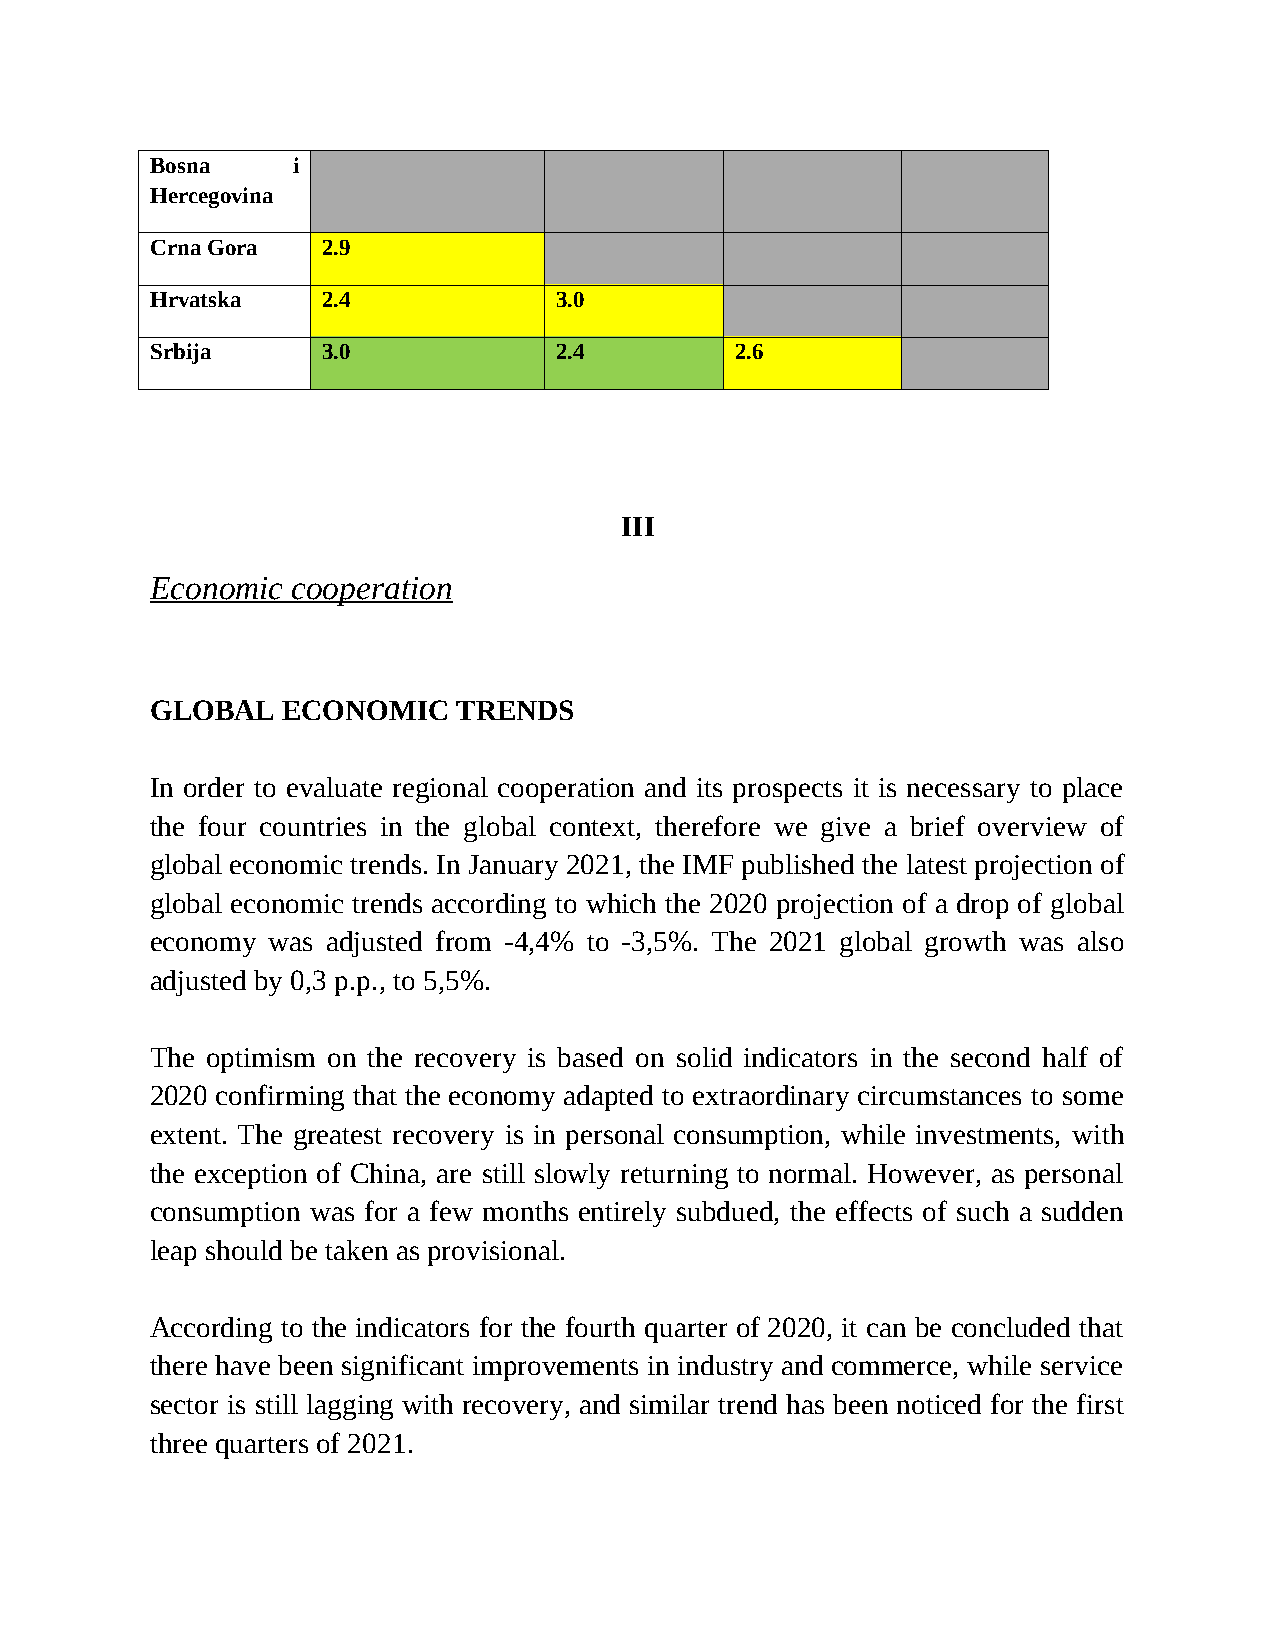
Bosna    i
 Hercegovina
 Crna Gora  2.9
 Hrvatska   2.4             3.0
 Srbija     3.0             2.4         2.6
 III
 Economic cooperation
 GLOBAL   ECONOMIC   TRENDS
 In order to evaluate regional cooperation and its prospects it is necessary to place
 the four countries in the global context, therefore we give a brief overview of
 global economic trends. In January 2021, the IMF published the latest projection of
 global economic trends according to which the 2020 projection of a drop of global
 economy was adjusted from -4,4% to -3,5%. The 2021 global growth was also
 adjusted by 0,3 p.p., to 5,5%.
 The optimism on the recovery is based on solid indicators in the second half of
 2020 confirming that the economy adapted to extraordinary circumstances to some
 extent. The greatest recovery is in personal consumption, while investments, with
 the exception of China, are still slowly returning to normal. However, as personal
 consumption was for a few months entirely subdued, the effects of such a sudden
 leap should be taken as provisional.
 According to the indicators for the fourth quarter of 2020, it can be concluded that
 there have been significant improvements in industry and commerce, while service
 sector is still lagging with recovery, and similar trend has been noticed for the first
 three quarters of 2021.